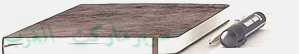
سوبرماركت الغرب